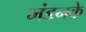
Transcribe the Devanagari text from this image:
मंडनके